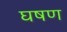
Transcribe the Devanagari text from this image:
घषण